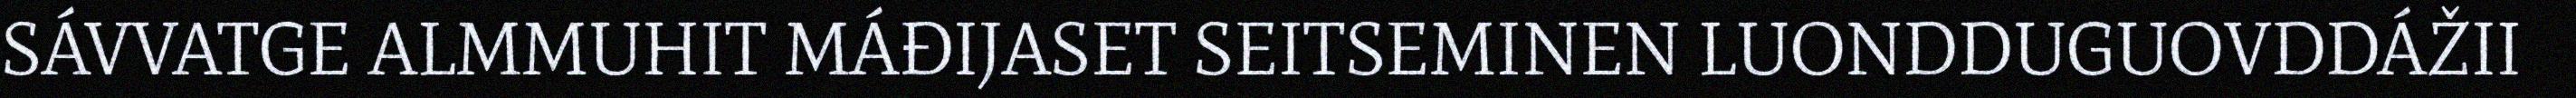
SÁVVATGE ALMMUHIT MÁĐIJASET SEITSEMINEN LUONDDUGUOVDDÁŽII